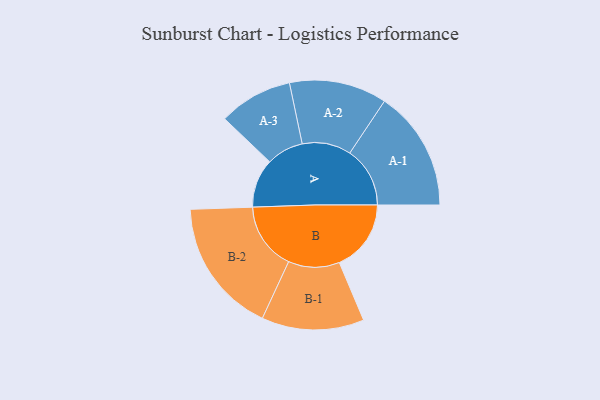
{"axis": {"x": "Segment", "y": "Value"}, "legend": ["", "A", "B"], "data": [{"x": "A", "y": 206, "type": ""}, {"x": "B", "y": 303, "type": ""}, {"x": "A-1", "y": 254, "type": "A"}, {"x": "A-2", "y": 206, "type": "A"}, {"x": "A-3", "y": 156, "type": "A"}, {"x": "B-1", "y": 216, "type": "B"}, {"x": "B-2", "y": 285, "type": "B"}]}